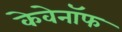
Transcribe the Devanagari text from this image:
केवेनॉफ